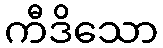
ကီဒိသော